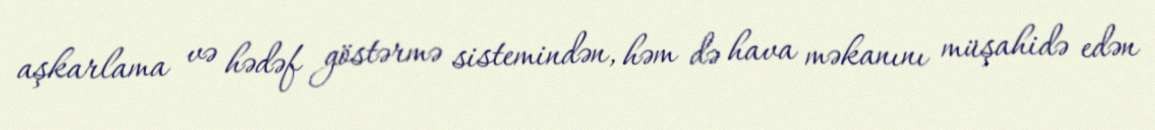
aşkarlama və hədəf göstərmə sistemindən, həm də hava məkanını müşahidə edən